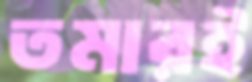
তমারই